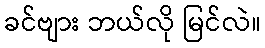
ခင်ဗျား ဘယ်လို မြင်လဲ။